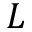
L